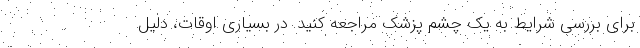
برای بررسی شرایط به یک چشم پزشک مراجعه کنید. در بسیاری اوقات، دلیل